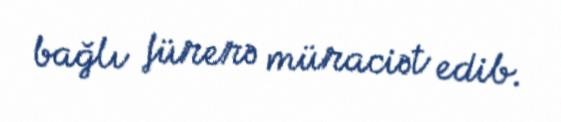
bağlı fürerə müraciət edib.